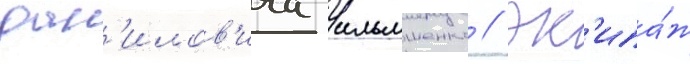
дан'илов'ича ильяшенко // Эк'ипа́ж